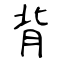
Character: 背